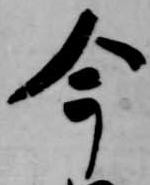
今